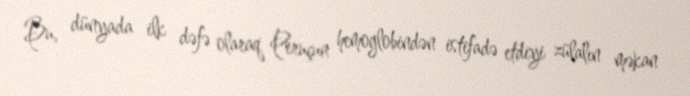
Bu, dünyada ilk dəfə olaraq Peruçun hemoglobindən istifadə etdiyi zülalın məkan